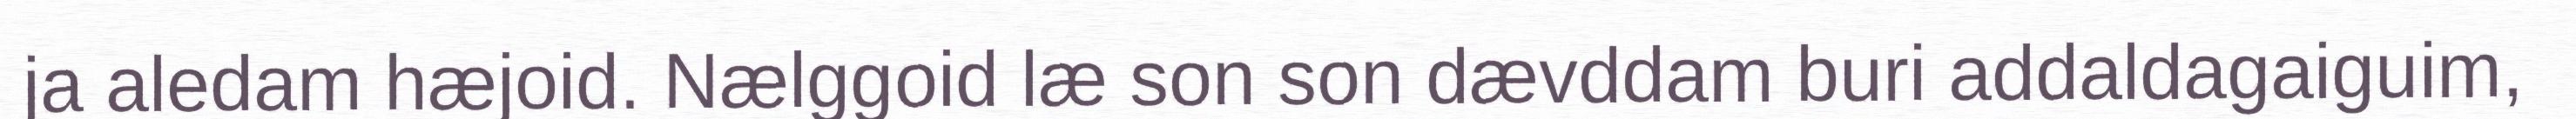
ja aledam hæjoid. Nælggoid læ son son dævddam buri addaldagaiguim,